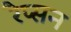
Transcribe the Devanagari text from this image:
रैप्सन